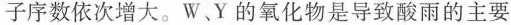
子序数依次增大。W、Y的氧化物是导致酸雨的主要